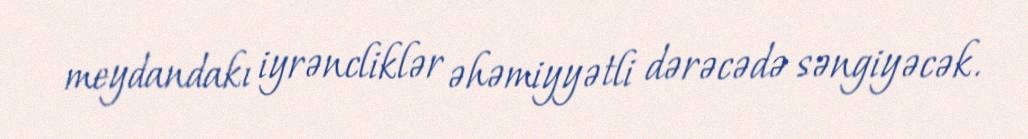
meydandakı iyrəncliklər əhəmiyyətli dərəcədə səngiyəcək.